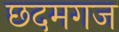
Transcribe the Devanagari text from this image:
छदमगज